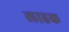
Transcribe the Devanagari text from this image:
लाहक